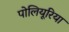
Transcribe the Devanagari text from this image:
पोलियूरिया